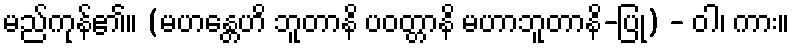
မည်ကုန်၏။ (မဟန္တေဟိ ဘူတာနိ ပဝတ္တာနိ မဟာဘူတာနိ-ပြု) - ဝါ၊ ကား။